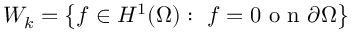
W _ { k } = \left\{ f \in H ^ { 1 } ( \Omega ) : \ f = 0 \mathrm { ~ o ~ n ~ } \partial \Omega \right\}